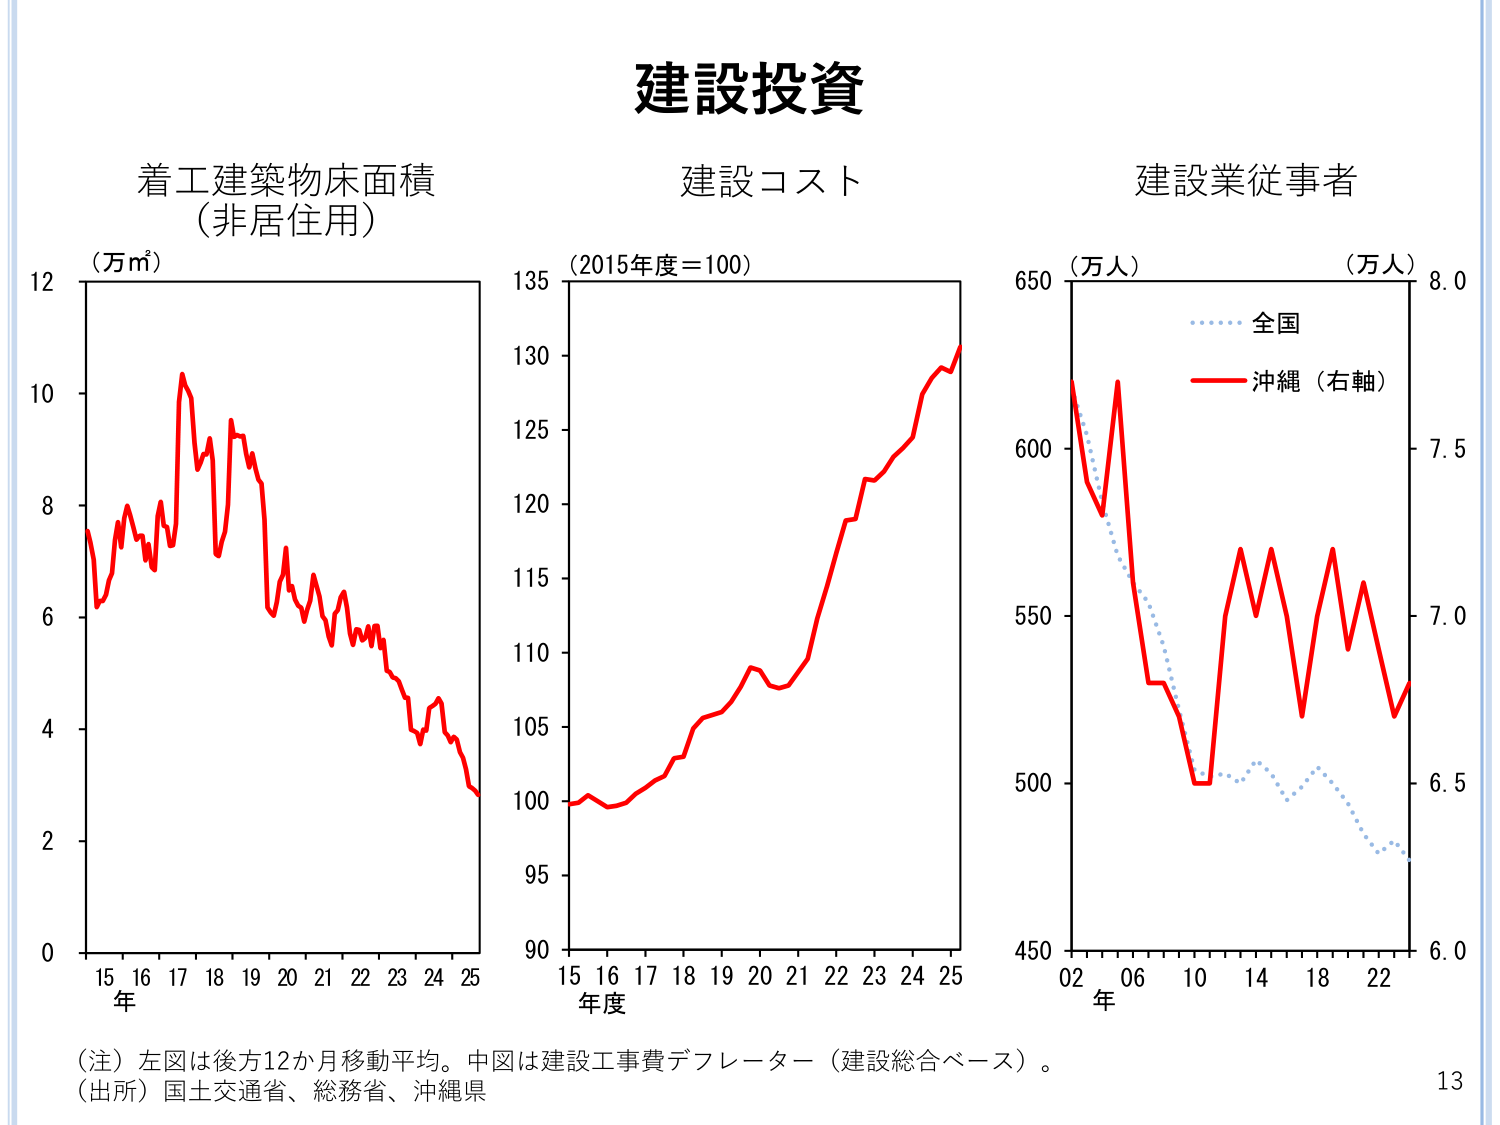
建設投資

着工建築物床面積
（非居住用）

（万㎡）
12
10
8
6
4
2
0
15 16 17 18 19 20 21 22 23 24 25
年

建設コスト

（2015年度＝100）
135
130
125
120
115
110
105
100
95
90
15 16 17 18 19 20 21 22 23 24 25
年度

建設業従事者

（万人）
650
600
550
500
450
02 06 10 14 18 22
年

（万人）
8.0
7.5
7.0
6.5
6.0

全国
沖縄（右軸）

（注）左図は後方12か月移動平均。中図は建設工事費デフレーター（建設総合ベース）。
（出所）国土交通省、総務省、沖縄県

13